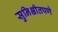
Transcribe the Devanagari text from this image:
सुनिश्चीतपणे